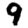
Digit: 9